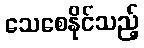
သေစေနိုင်သည့်